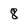
Character: 8